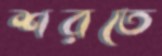
শরতে